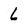
Character: 6